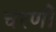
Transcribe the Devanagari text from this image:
चरणोँ